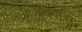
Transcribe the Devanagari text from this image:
बुधवारा